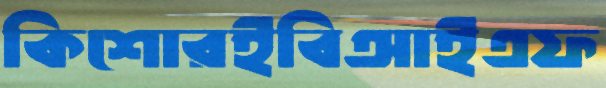
কিশোরইবিআইএফ